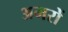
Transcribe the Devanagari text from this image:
अमरों